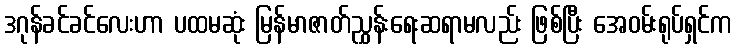
ဒဂုန်ခင်ခင်လေးဟာ ပထမဆုံး မြန်မာဇာတ်ညွှန်းရေးဆရာမလည်း ဖြစ်ပြီး အေဝမ်းရုပ်ရှင်က